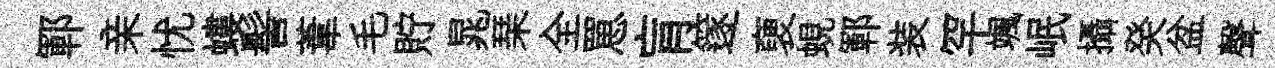
鄆亲忧螻髻葦毛貯晁琹全罳肓篴褏蜆鄆装罕颯岷攝癸盆聲